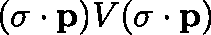
( \ensuremath { \mathbf { \sigma } } \cdot \ensuremath { \mathbf { p } } ) V ( \ensuremath { \mathbf { \sigma } } \cdot \ensuremath { \mathbf { p } } )